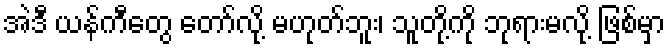
အဲဒီ ယန်ကီတွေ တော်လို့ မဟုတ်ဘူး၊ သူတို့ကို ဘုရားမလို့ ဖြစ်မှာ